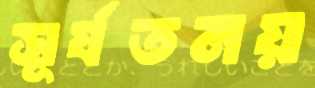
সূর্যতনয়